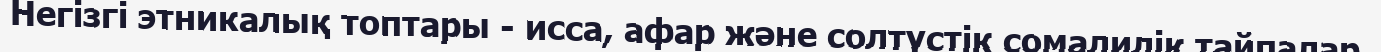
Негізгі этникалық топтары - исса, афар және солтүстік сомалилік тайпалар.